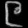
Digit: ၉